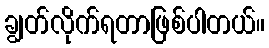
ချွတ်လိုက်ရတာဖြစ်ပါတယ်။